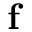
\mathbf { f }